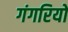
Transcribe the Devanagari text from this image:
गंगरियों